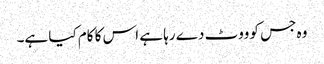
وہ جس کو ووٹ دے رہا ہے اس کا کام کیا ہے۔